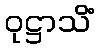
ဝုဋ္ဌာသိံ